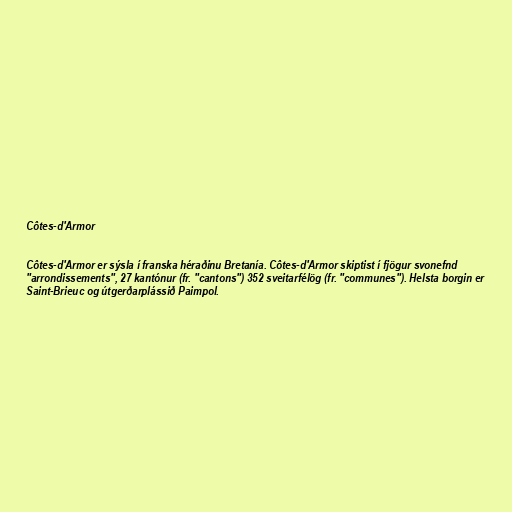
Côtes-d'Armor

Côtes-d'Armor er sýsla í franska héraðinu Bretanía. Côtes-d'Armor skiptist í fjögur svonefnd
"arrondissements", 27 kantónur (fr. "cantons") 352 sveitarfélög (fr. "communes"). Helsta borgin er
Saint-Brieuc og útgerðarplássið Paimpol.